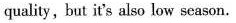
quality , but t's also low scason.